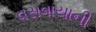
વસવાયાની